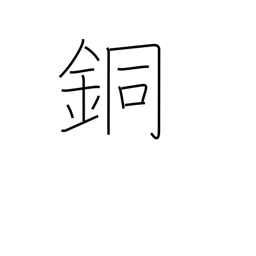
Meaning: copper